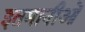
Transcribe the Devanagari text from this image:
इतमानीओं